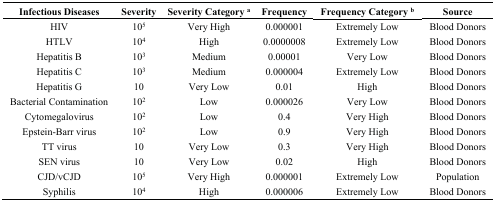
| Infectious Diseases | Severity | Severity Category a | Frequency | Frequency Category b | Source |
 | --- | --- | --- | --- | --- | --- |
 | HIV | 105 | Very High | 0.000001 | Extremely Low | Blood Donors |
 | HTLV | 104 | High | 0.0000008 | Extremely Low | Blood Donors |
 | Hepatitis B | 103 | Medium | 0.00001 | Very Low | Blood Donors |
 | Hepatitis C | 103 | Medium | 0.000004 | Extremely Low | Blood Donors |
 | Hepatitis G | 10 | Very Low | 0.01 | High | Blood Donors |
 | Bacterial Contamination | 102 | Low | 0.000026 | Very Low | Blood Donors |
 | Cytomegalovirus | 102 | Low | 0.4 | Very High | Blood Donors |
 | Epstein-Barr virus | 102 | Low | 0.9 | Very High | Blood Donors |
 | TT virus | 10 | Very Low | 0.3 | Very High | Blood Donors |
 | SEN virus | 10 | Very Low | 0.02 | High | Blood Donors |
 | CJD/vCJD | 105 | Very High | 0.000001 | Extremely Low | Population |
 | Syphilis | 104 | High | 0.000006 | Extremely Low | Blood Donors |